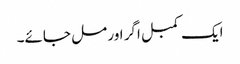
ایک کمبل اگر اور مل جائے۔